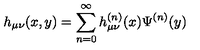
h _ { \mu \nu } ( x , y ) = \sum _ { n = 0 } ^ { \infty } h _ { \mu \nu } ^ { ( n ) } ( x ) \Psi ^ { ( n ) } ( y )